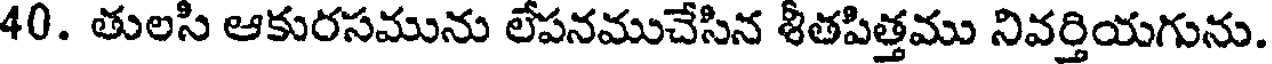
40. తులసి ఆకురసమును లేపనముచేసిన శీతపిత్తము నివర్తియగును.